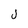
Character: J